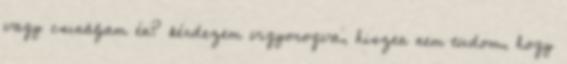
vagy csináljam én? kérdezem vigyorogva, hiszen nem tudom, hogy